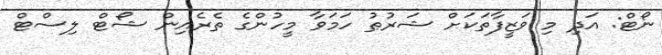
ނޯޓް: އަދި މި ވަޒީފާތަކަށް ޝަރުޠު ހަމަވާ މީހުންގެ ތެރެއިން ޝޯޓް ލިސްޓް